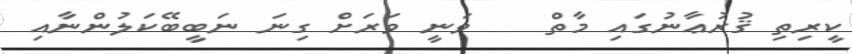
ކީރިތި ޤުރުޢާނުގައި މާތް    ވަނީ ވަރަށް ގިނަ ނަބީބޭކަލުންނާއި